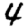
Digit: 4